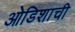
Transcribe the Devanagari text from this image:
ओडिशाची